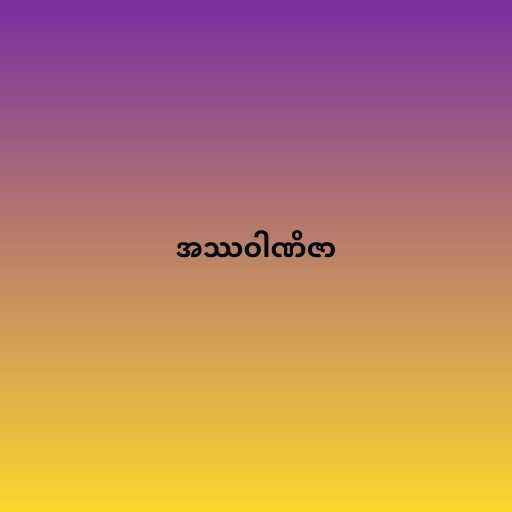
အဿဝါဏိဇာ